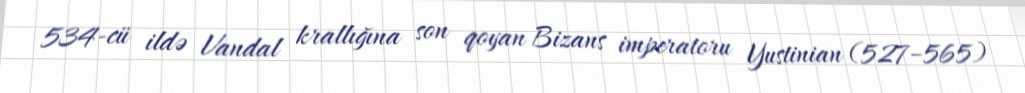
534-cü ildə Vandal krallığına son qoyan Bizans imperatoru Yustinian (527–565)